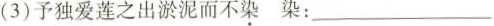
(3)予独爱莲之出淤泥而不染 染：___